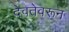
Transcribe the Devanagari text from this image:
देवतेवरून